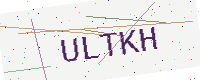
Text: ULTKH